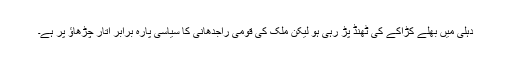
دہلی میں بھلے کڑاکے کی ٹھنڈ پڑ رہی ہو لیکن ملک کی قومی راجدھانی کا سیاسی پارہ برابر اتار چڑھاؤ پر ہے۔